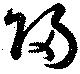
歸